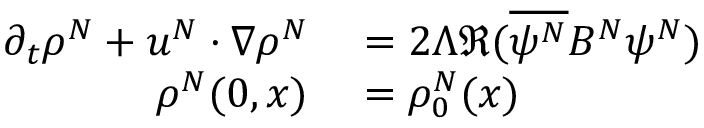
\begin{array} { r l } { \partial _ { t } \rho ^ { N } + u ^ { N } \cdot \nabla \rho ^ { N } } & { { } = 2 \Lambda \Re ( \overline { { \psi ^ { N } } } B ^ { N } \psi ^ { N } ) } \\ { \rho ^ { N } ( 0 , x ) } & { { } = \rho _ { 0 } ^ { N } ( x ) } \end{array}